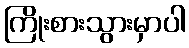
ကြိုးစားသွားမှာပါ